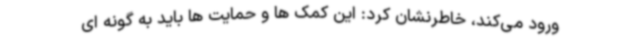
ورود می‌کند، خاطرنشان کرد: این کمک ها و حمایت ها باید به گونه ای